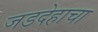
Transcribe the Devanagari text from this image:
जडदेहाचा